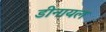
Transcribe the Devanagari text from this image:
डीनायल